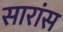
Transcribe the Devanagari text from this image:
सारांस